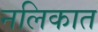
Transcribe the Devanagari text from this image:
नलिकात